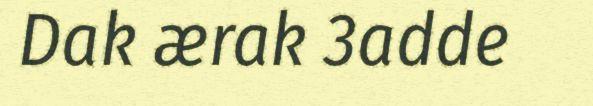
Dak ærak 3adde